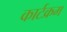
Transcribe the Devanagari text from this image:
कार्टक्रम